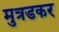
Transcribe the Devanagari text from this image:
मुत्रडकर